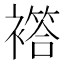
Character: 𧝡